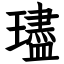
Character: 璶